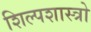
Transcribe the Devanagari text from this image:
शिल्पशास्त्रो